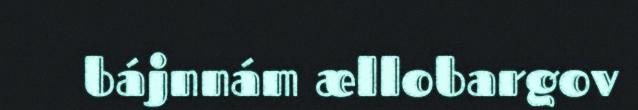
bájnnám ællobargov